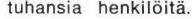
tuhansia henkilöitä.